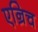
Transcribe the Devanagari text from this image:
एन्रिच